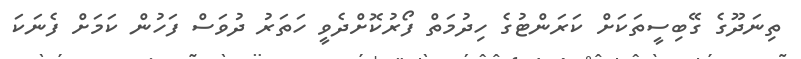
ތިނަދޫގެ ގޭބިސީތަކަށް ކަރަންޓުގެ ހިދުމަތް ފޯރުކޮށްދެވީ ހަތަރު ދުވަސް ފަހުން ކަމަށް ފެނަކަ